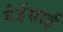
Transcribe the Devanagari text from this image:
येईसाई